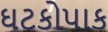
ઘટકોપાક